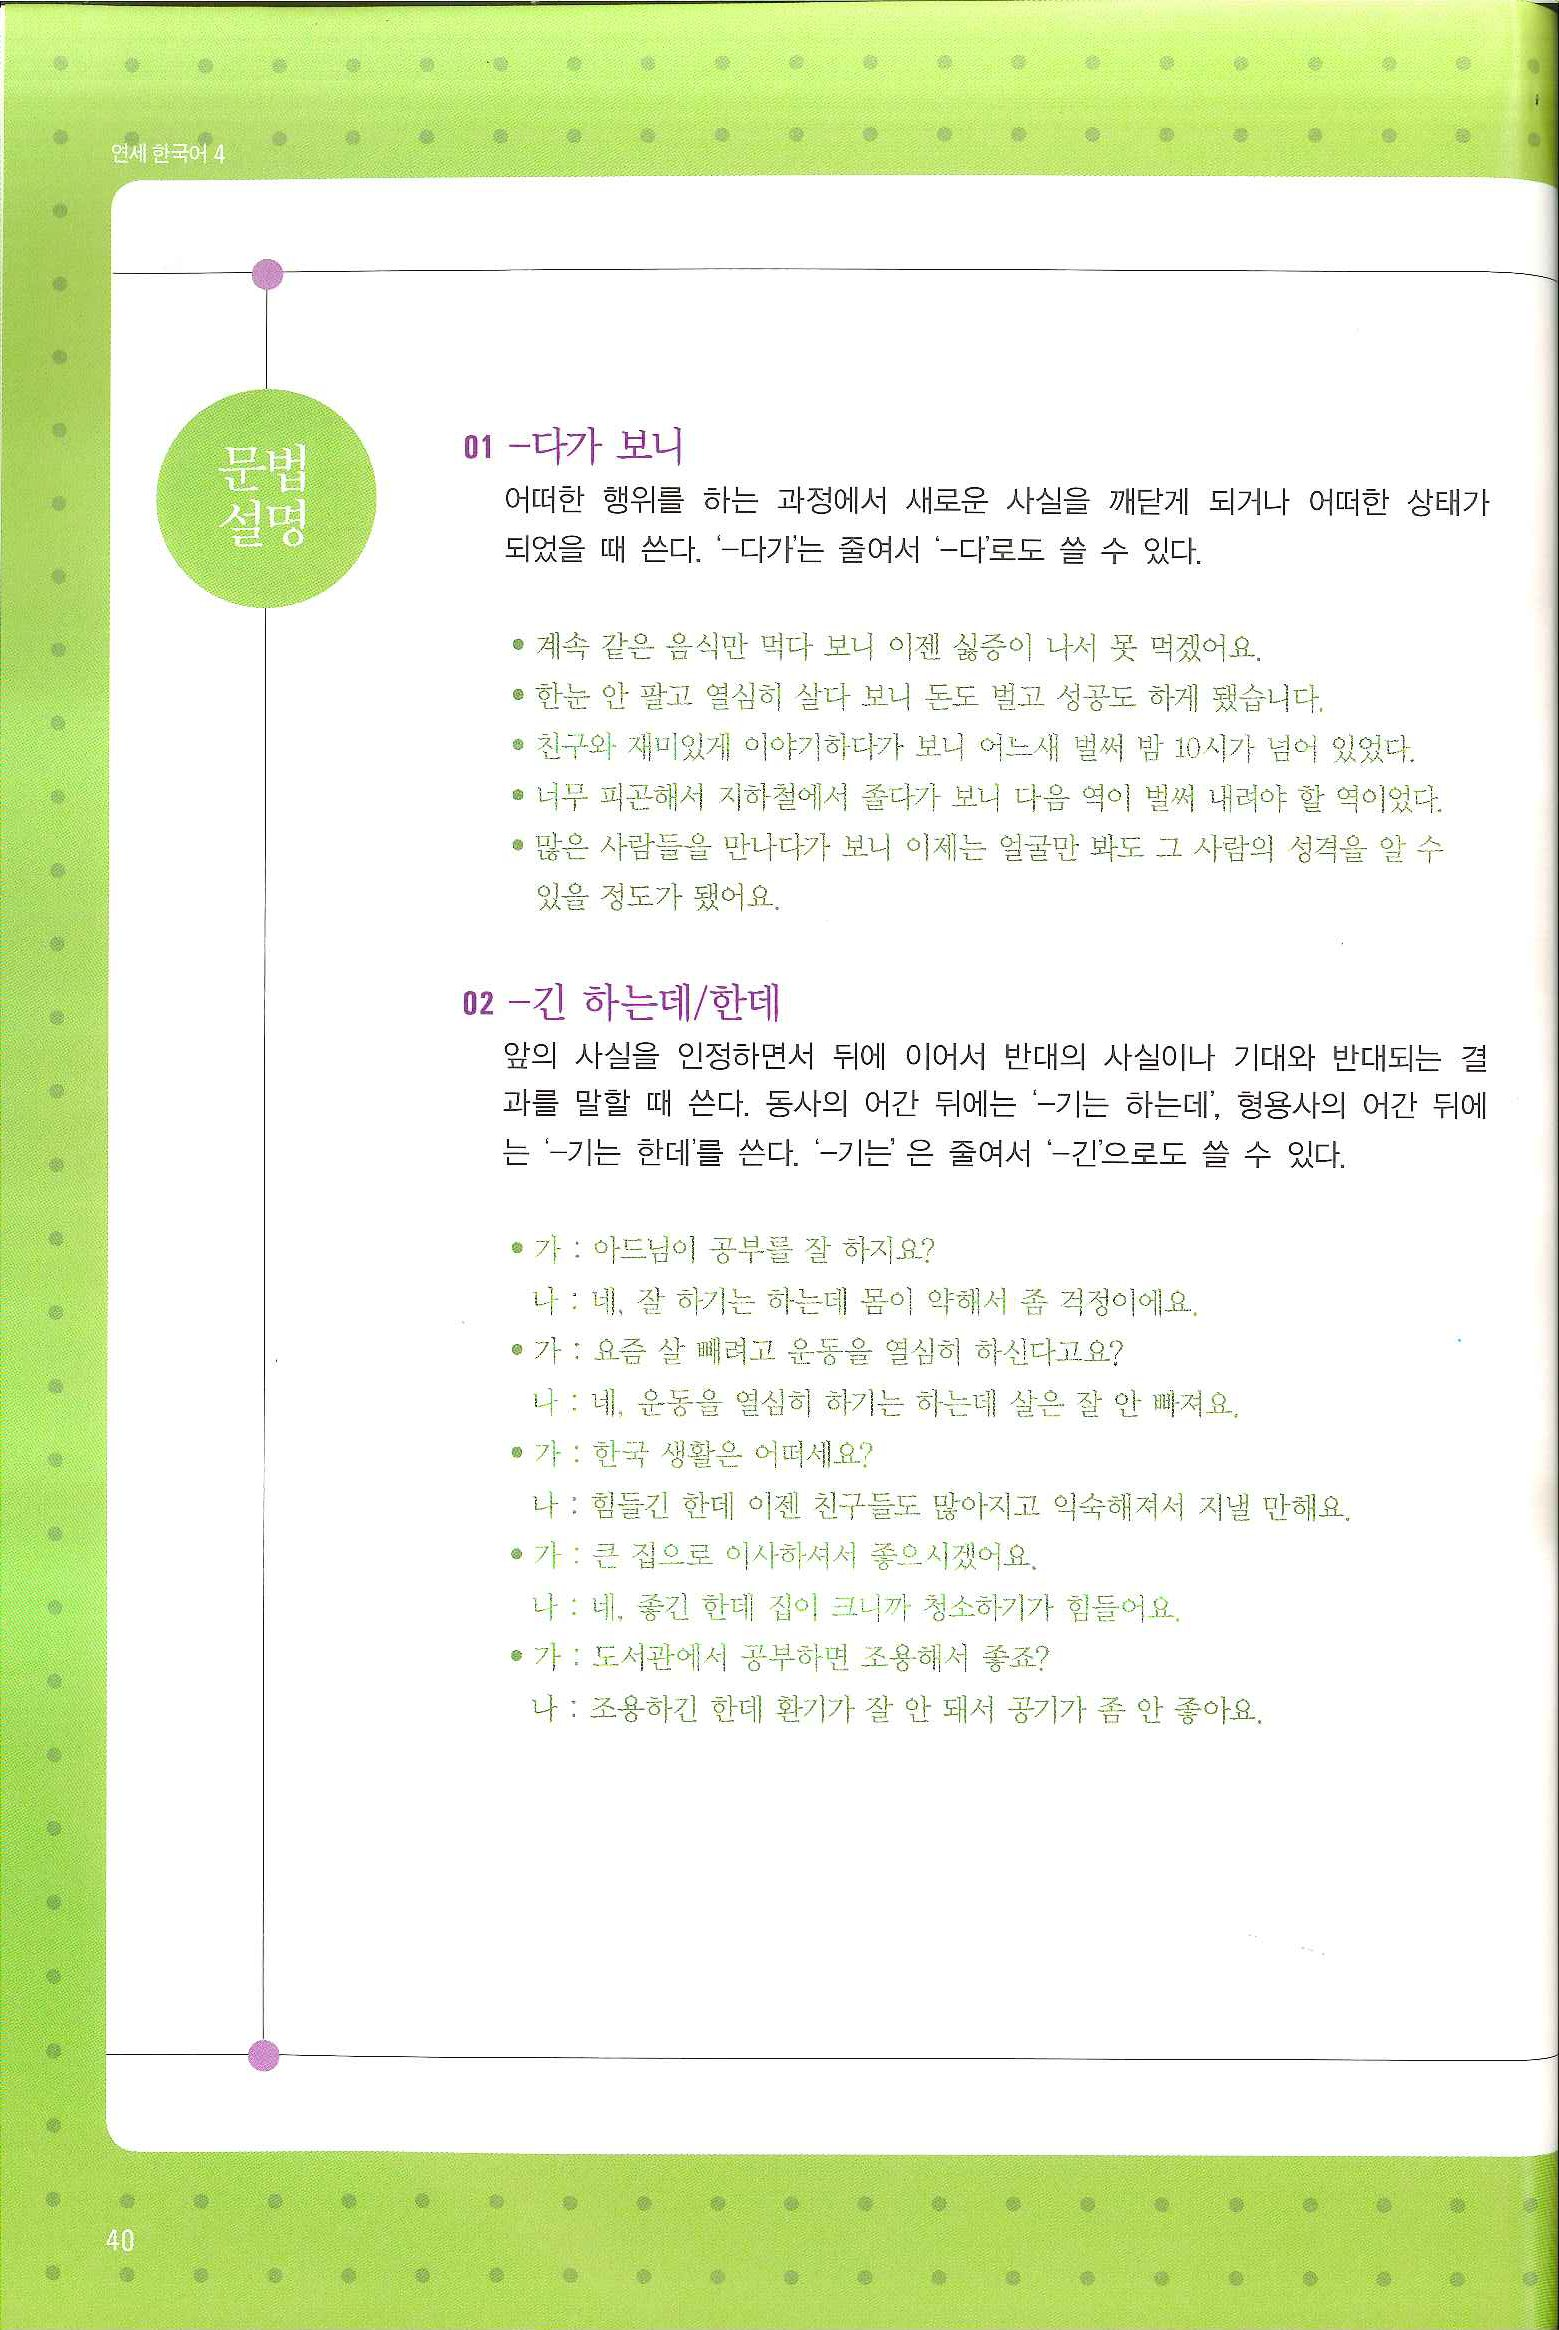
Language: ko